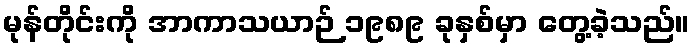
မုန်တိုင်းကို အာကာသယာဉ် ၁၉၈၉ ခုနှစ်မှာ တွေ့ခဲ့သည်။